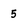
Character: 5